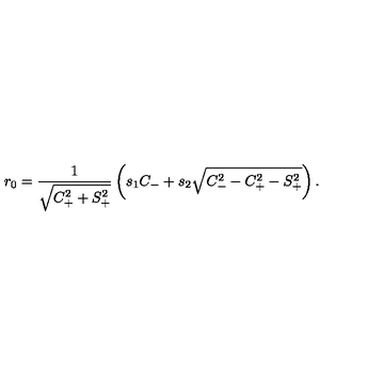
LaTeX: r _ { 0 } = { \frac { 1 } { \sqrt { C _ { + } ^ { 2 } + S _ { + } ^ { 2 } } } } \left( s _ { 1 } C _ { - } + s _ { 2 } \sqrt { C _ { - } ^ { 2 } - C _ { + } ^ { 2 } - S _ { + } ^ { 2 } } \right) .